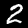
Label: 2